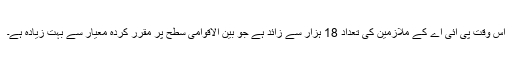
اس وقت پی آئی اے کے ملازمین کی تعداد 18 ہزار سے زائد ہے جو بین الاقوامی سطح پر مقرر کردہ معیار سے بہت زیادہ ہے۔